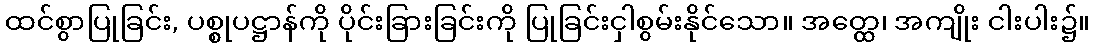
ထင်စွာပြုခြင်း, ပစ္စုပဋ္ဌာန်ကို ပိုင်းခြားခြင်းကို ပြုခြင်းငှါစွမ်းနိုင်သော။ အတ္ထေ၊ အကျိုး ငါးပါး၌။